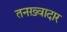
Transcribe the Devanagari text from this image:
तनख़्वादार